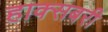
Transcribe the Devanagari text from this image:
हाक्सबरी